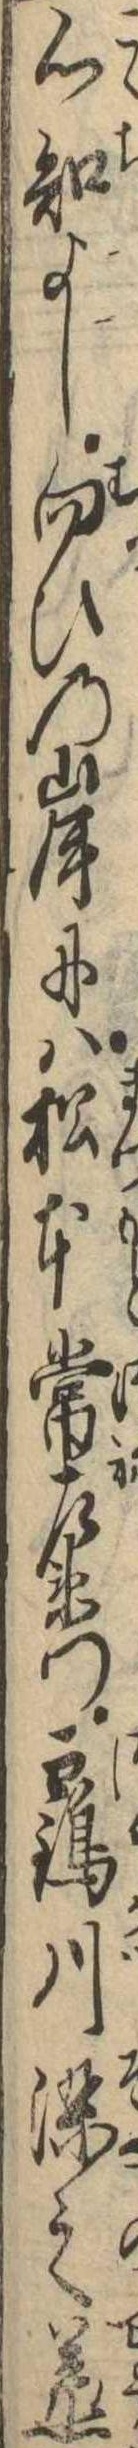
心知よし向ひの岸には松本常左衛門鶴川染之丞